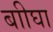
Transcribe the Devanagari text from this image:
बाीघा